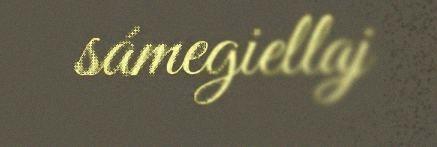
sámegiellaj